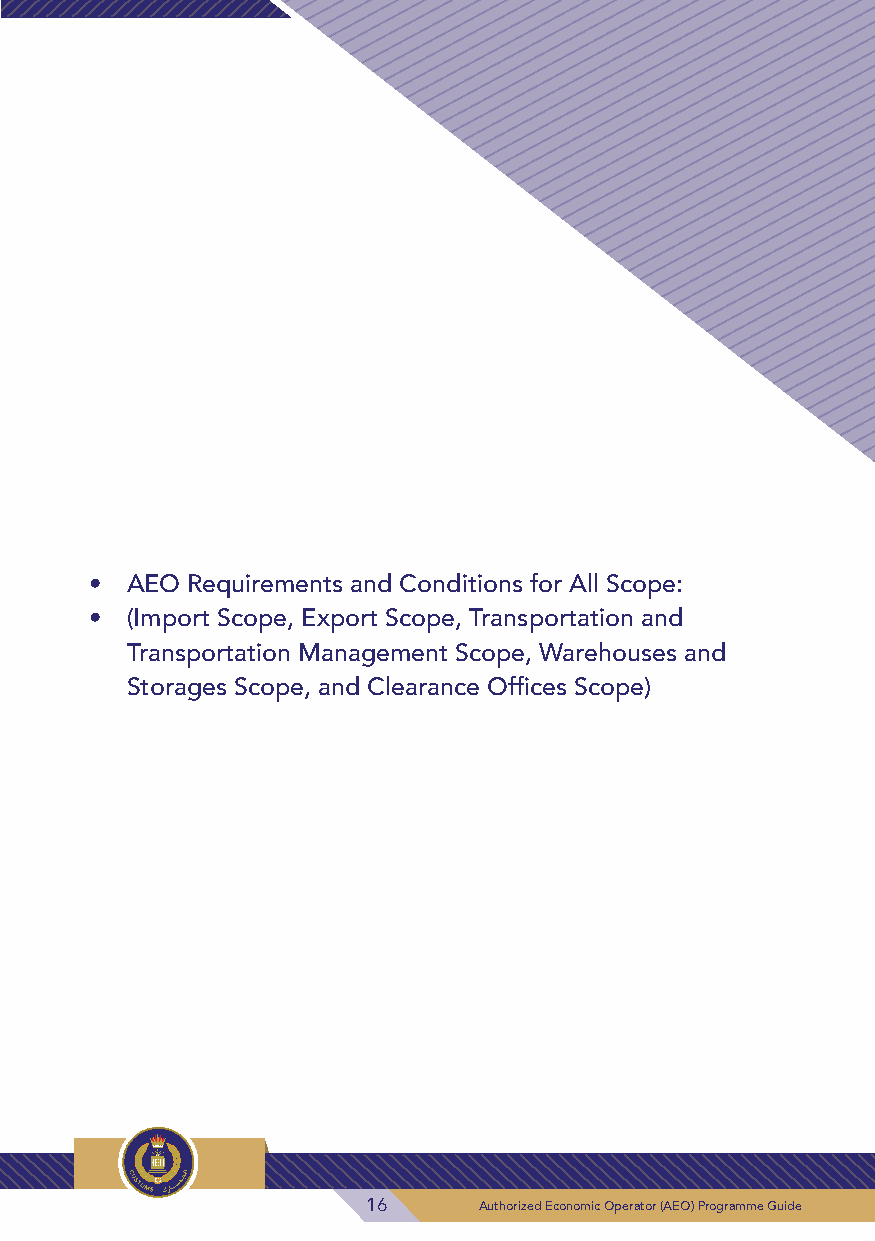
• AEO Requirements and Conditions for All Scope:
 • (Import Scope, Export Scope, Transportation and
 Transportation Management Scope, Warehouses and
 Storages Scope, and Clearance Offices Scope)
 16      Authorized Economic Operator (AEO) Programme Guide